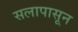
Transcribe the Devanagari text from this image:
सलापासून